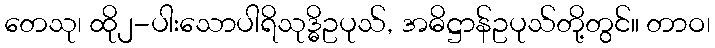
တေသု၊ ထို၂-ပါးသောပါရိသုဒ္ဓိဥပုသ်, အဓိဋ္ဌာန်ဥပုသ်တို့တွင်။ တာဝ၊